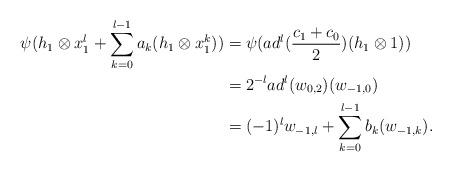
LaTeX: \begin{align*}\psi(h_1 \otimes x_1^l + \sum_{k=0}^{l-1} a_k(h_1 \otimes x_1^k)) &=\psi(ad^l(\frac{c_1+c_0}{2})(h_1 \otimes 1)) \\ &=2^{-l} ad^l(w_{0,2})(w_{-1,0}) \\ &=(-1)^l w_{-1,l} + \sum_{k=0}^{l-1} b_k(w_{-1,k}).\end{align*}